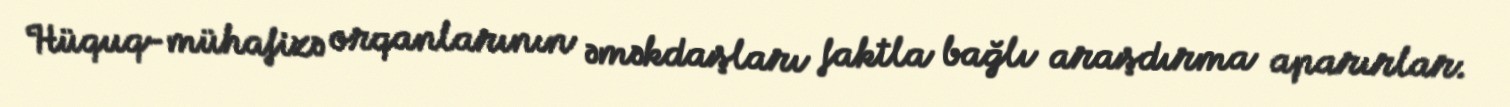
Hüquq-mühafizə orqanlarının əməkdaşları faktla bağlı araşdırma aparırlar.